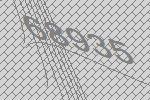
68935